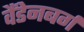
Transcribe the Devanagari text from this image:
वैंडेनबर्ग